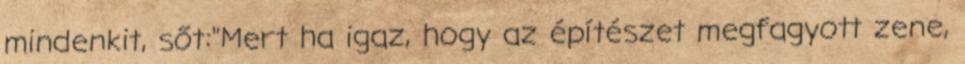
mindenkit, sőt:"Mert ha igaz, hogy az építészet megfagyott zene,